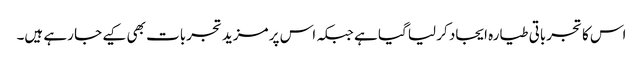
اس کا تجرباتی طیارہ ایجاد کر لیا گیا ہے جبکہ اس پر مزید تجربات بھی کیے جا رہے ہیں۔